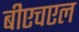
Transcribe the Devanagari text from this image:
बीएचएल